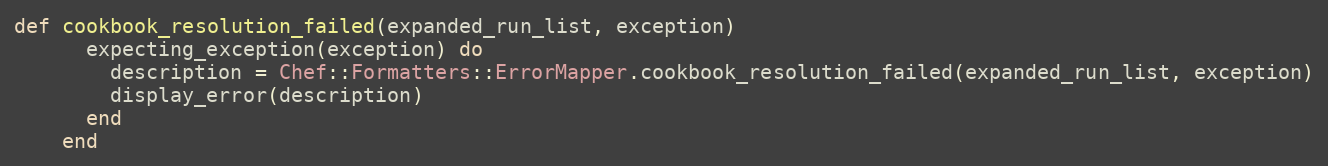
Language: Ruby
def cookbook_resolution_failed(expanded_run_list, exception)
      expecting_exception(exception) do
        description = Chef::Formatters::ErrorMapper.cookbook_resolution_failed(expanded_run_list, exception)
        display_error(description)
      end
    end